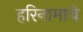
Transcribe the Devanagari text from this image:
हरिनामाचे